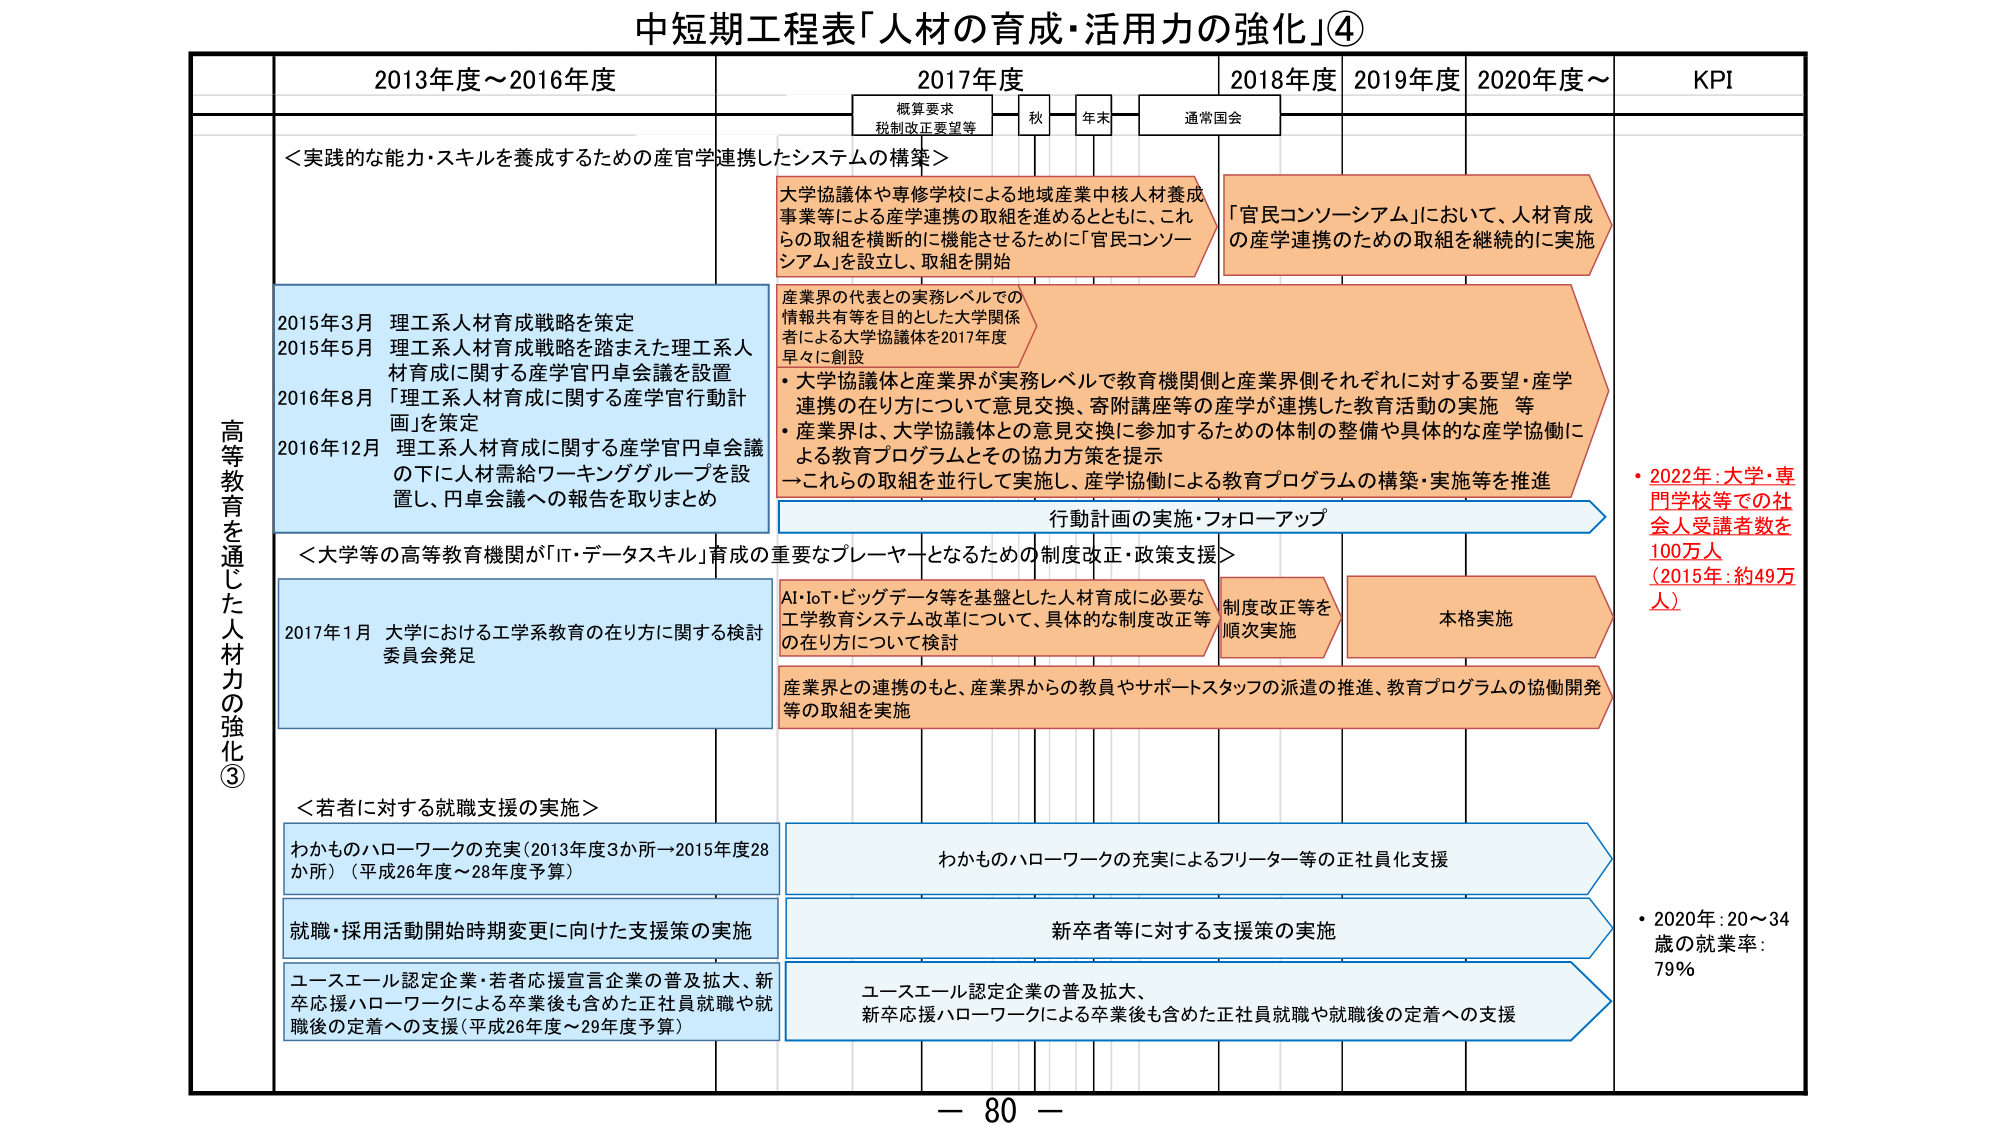
中短期工程表「人材の育成・活用力の強化」④

高等教を通じた人材力の強化③

2013年度～2016年度
2017年度
2018年度
2019年度
2020年度～
KPI

概算要求
税制改正要望等
秋
年末
通常国会

＜実践的な能力・スキルを養成するための産官学連携したシステムの構築＞
大学協議体や専修学校による地域産業中核人材養成事業等による産学連携の取組を進めるとともに、これらの取組を横断的に機能させるために「官民コンソーシアム」を設立し、取組を開始

「官民コンソーシアム」において、人材育成の産学連携のための取組を継続的に実施

産業界の代表との実務レベルでの情報共有等を目的とした大学関係者による大学協議体を2017年度早々に創設
・大学協議体と産業界が実務レベルで教育機関側と産業界側それぞれに対する要望・産学連携の在り方について意見交換、寄附講座等の産学が連携した教育活動の実施 等
・産業界は、大学協議体との意見交換に参加するための体制の整備や具体的な産学協働による教育プログラムとその協力方策を提示
→これらの取組を並行して実施し、産学協働による教育プログラムの構築・実施等を推進

行動計画の実施・フォローアップ

＜大学等の高等教育機関が「IT・データスキル」育成の重要なプレイヤーとなるための制度改正・政策支援＞
2017年1月 大学における工学系教育の在り方に関する検討委員会発足
AI・IoT・ビッグデータ等を基盤とした人材育成に必要な工学教育システム改革について、具体的な制度改正等の在り方について検討
制度改正等を順次実施
本格実施
産業界との連携のもと、産業界からの教員やサポートスタッフの派遣の推進、教育プログラムの協働開発等の取組を実施

＜若者に対する就職支援の実施＞
わかものハローワークの充実（2013年度3か所→2015年度28か所）（平成26年度～28年度予算）
わかものハローワークの充実によるフリーター等の正社員化支援
就職・採用活動開始時期変更に向けた支援策の実施
新卒者等に対する支援策の実施
ユースエール認定企業・若者応援宣言企業の普及拡大、新卒応援ハローワークによる卒業後も含めた正社員就職や就職後の定着への支援（平成26年度～29年度予算）
ユースエール認定企業の普及拡大、新卒応援ハローワークによる卒業後も含めた正社員就職や就職後の定着への支援

・2022年：大学・専門学校等での社会人受講者数を100万人（2015年：約49万人）
・2020年：20～34歳の就業率：79%

2015年3月 理工系人材育成戦略を策定
2015年5月 理工系人材育成戦略を踏まえた理工系人材育成に関する産学官円卓会議を設置
2016年8月 「理工系人材育成に関する産学官行動計画」を策定
2016年12月 理工系人材育成に関する産学官円卓会議の下に人材需給ワーキンググループを設置し、円卓会議への報告を取りまとめ

－ 80 －